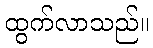
ထွက်လာသည်။